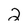
Character: 2